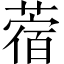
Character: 蓿